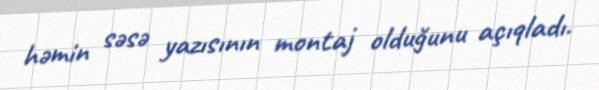
həmin səsə yazısının montaj olduğunu açıqladı.